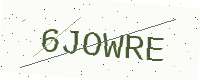
Text: 6JOWRE